NAE_ERA_R-1705_Moor,_Felix, lk 4
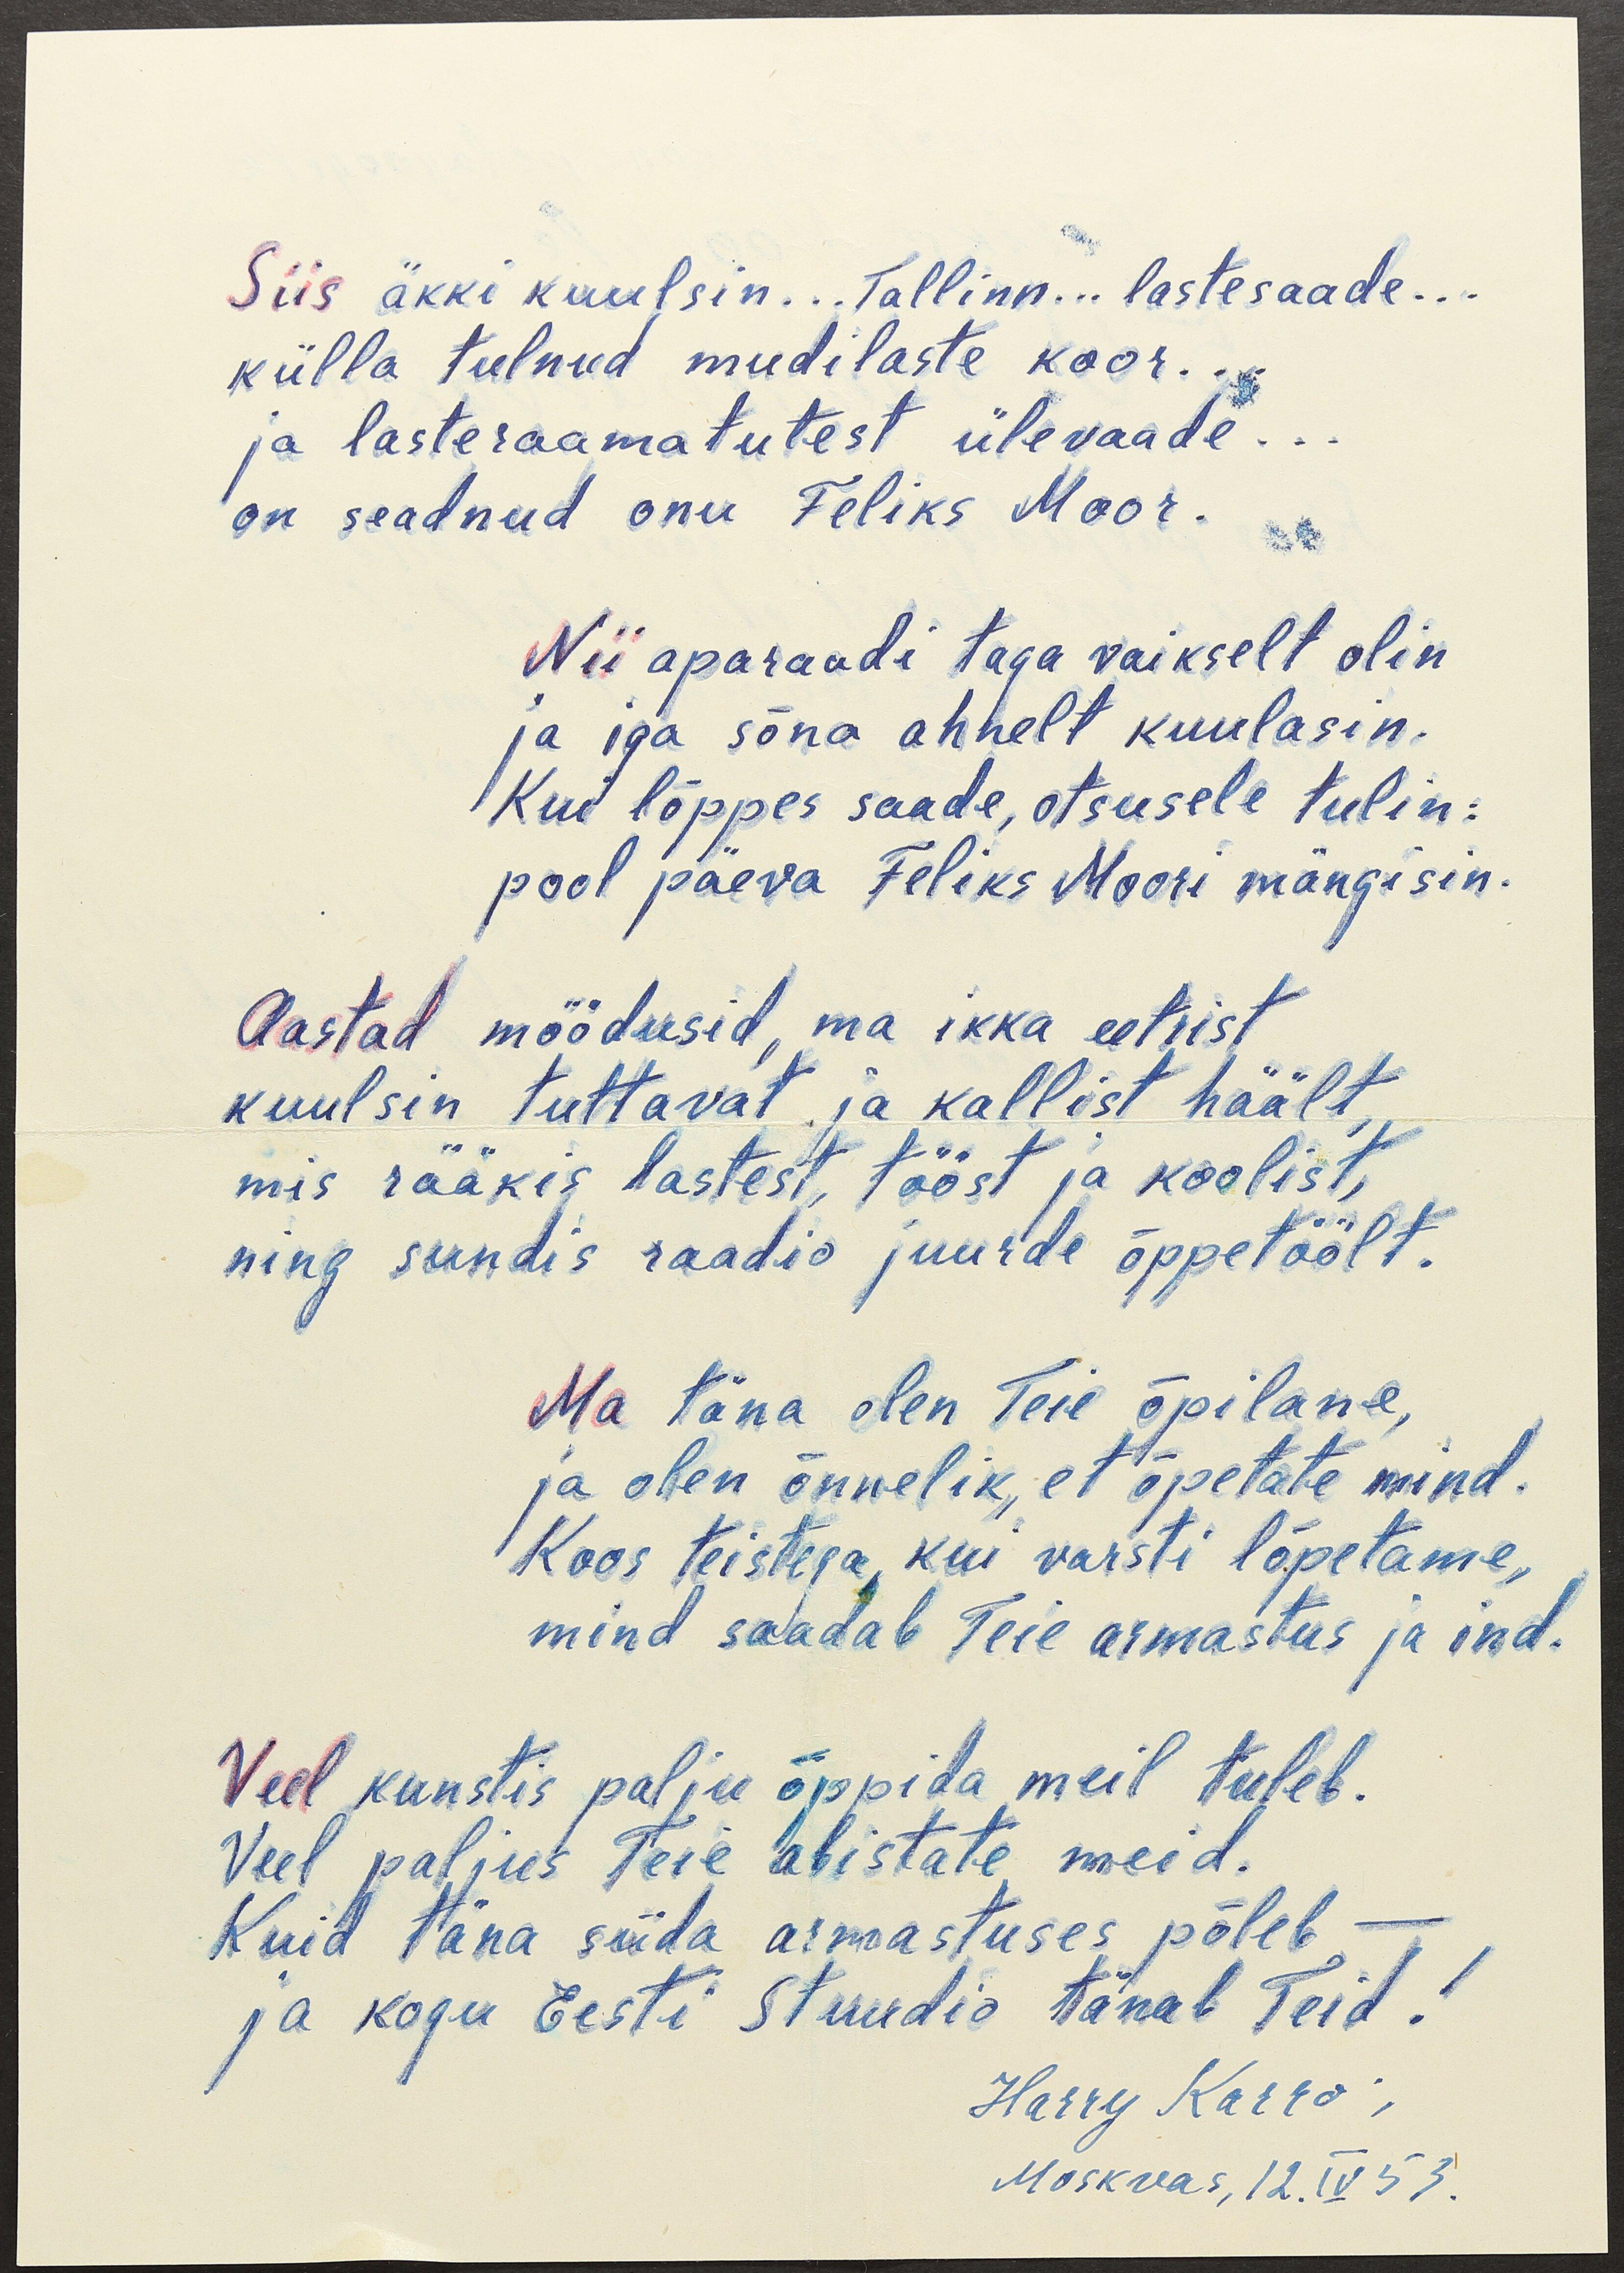
Siis äkki kuulsin... Tallinn... lastesaade...
külla tulnud mudilaste koor...
ja lasteraamatutest ülevaade...
on seadnud onu Feliks Moor.
Nii aparaadi taga vaikselt olin
ja iga sõna ahnelt kuulasin.
Kui lõppes saade, otsusele tulin:
pool päeva Feliks Moori mängisin.
Aastad möödusid, ma ikka eetrist
kuulsin tuttavat ja kallist häält
mis rääkis lastest, tööst ja koolist,
ning sundis raadio juurde õppetöölt.
Ma täna olen Teie õpilane,
ja olen õnnelik, et õpetate mind
Koos teistega, kui varsti lõpetame,
mind saadab Teie armastus ja ind.
Veel kunstis palju õppida meil tuleb.
Veel paljus Teie abistate meid.
Kuid täna süda armastuses põleb -
ja kogu Eesti Stuudio tänab Teid!
Harry Karro,
Moskvas, 12. IV 53.